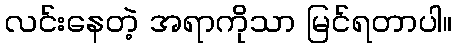
လင်းနေတဲ့ အရာကိုသာ မြင်ရတာပါ။